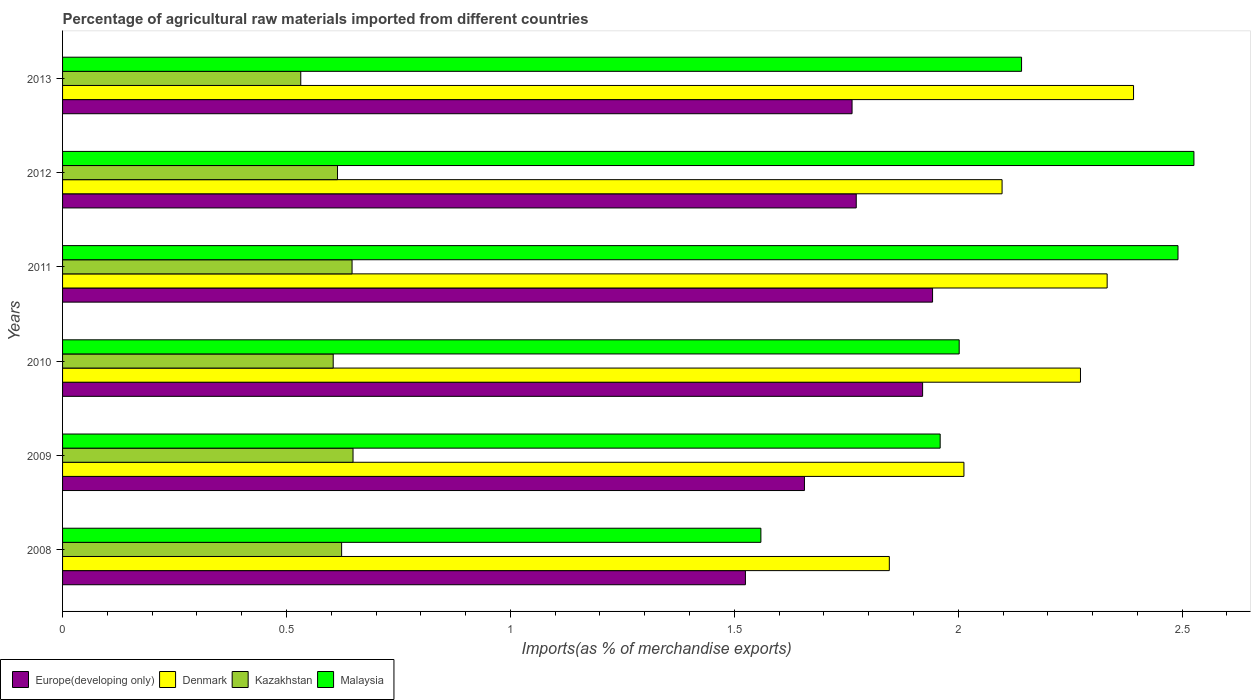
| Years | Europe(developing only) | Denmark | Kazakhstan | Malaysia |
 | --- | --- | --- | --- | --- |
 | 2008 | 1.52 | 1.85 | 0.623 | 1.56 |
 | 2009 | 1.66 | 2.01 | 0.649 | 1.96 |
 | 2010 | 1.92 | 2.27 | 0.604 | 2 |
 | 2011 | 1.94 | 2.33 | 0.646 | 2.49 |
 | 2012 | 1.77 | 2.1 | 0.614 | 2.53 |
 | 2013 | 1.76 | 2.39 | 0.532 | 2.14 |